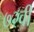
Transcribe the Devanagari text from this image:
७२वीं